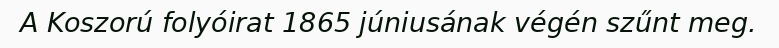
A Koszorú folyóirat 1865 júniusának végén szűnt meg.